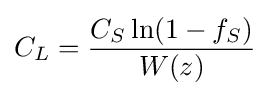
C_{L}={\frac {C_{S}\ln(1-f_{S})}{W(z)}}